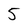
Character: 5